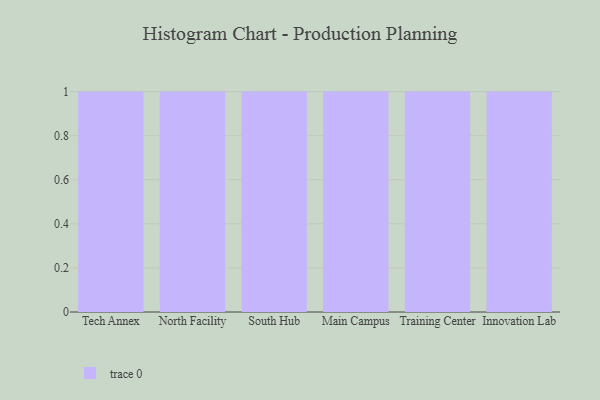
{"axis": {"x": "Campus", "y": "Energy Usage (MWh)"}, "legend": [""], "data": [{"x": "Tech Annex", "y": 97, "type": ""}, {"x": "North Facility", "y": 17, "type": ""}, {"x": "South Hub", "y": 33, "type": ""}, {"x": "Main Campus", "y": 34, "type": ""}, {"x": "Training Center", "y": 68, "type": ""}, {"x": "Innovation Lab", "y": 97, "type": ""}]}